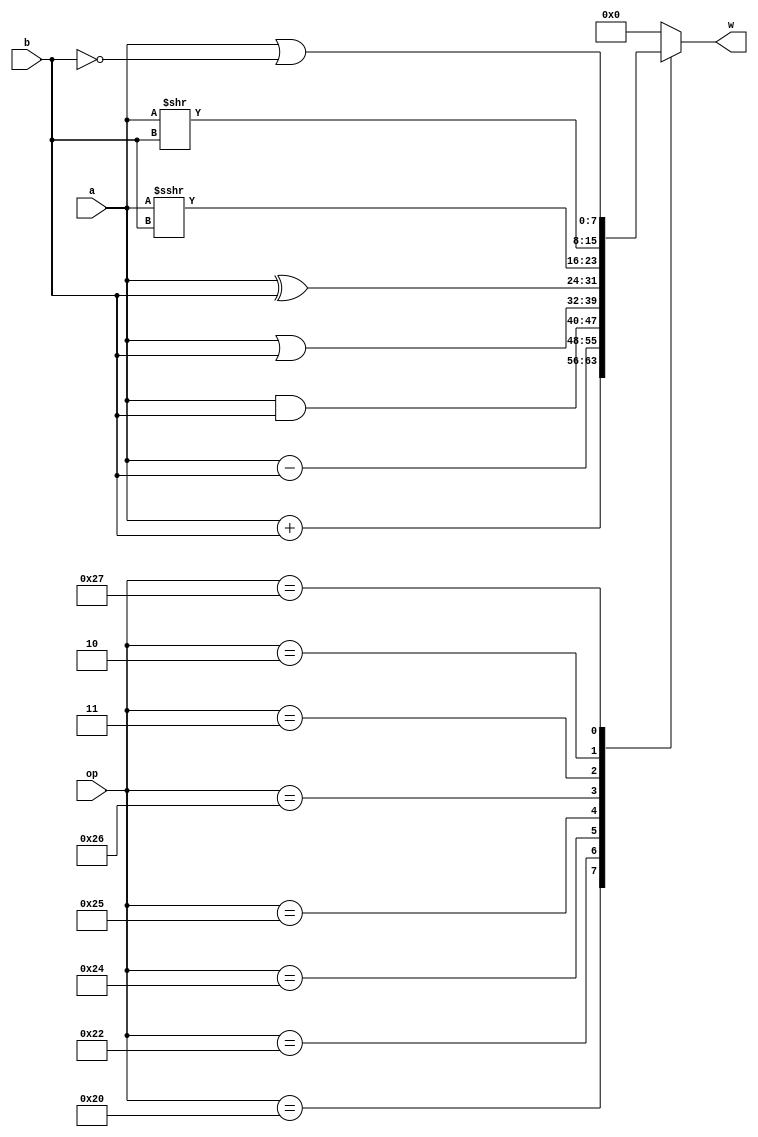
`timescale 1ns / 1ps
//////////////////////////////////////////////////////////////////////////////////
// Company: 
// Engineer: 
// 
// Design Name: 
// Module Name:    Combinacional 
// Project Name: 
// Target Devices: 
// Tool versions: 
// Description: 
//
// Dependencies: 
//
// Revision: 
// Revision 0.01 - File Created
// Additional Comments: 
//
//////////////////////////////////////////////////////////////////////////////////
module Combinacional #(parameter REG_SIZE=7)(
    input signed[REG_SIZE:0]a,
    input signed[REG_SIZE:0]b,
    input [REG_SIZE:0]op,
    output reg signed [REG_SIZE:0]w
    );

always @(*)
		 case(op)
				 8'b00100000: 
					w = a + b;
				 8'b00100010: 
					w = a - b;
				 8'b00100100: 
					w = a & b;
				 8'b00100101: 
					w = a | b;
				 8'b00100110: 
					w = a ^ b;
				 8'b00000011: 
					w = a >>> b;
				 8'b00000010: 
					w = a >> b;
				 8'b00100111: 
					w = a |~ b;
				 default:
					w = 8'b00000000;
			endcase

endmodule